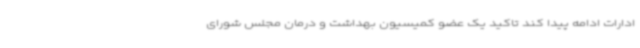
ادارات ادامه پیدا کند تاکید یک عضو کمیسیون بهداشت و درمان مجلس شورای